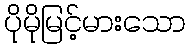
ပိုမိုမြင့်မားသော